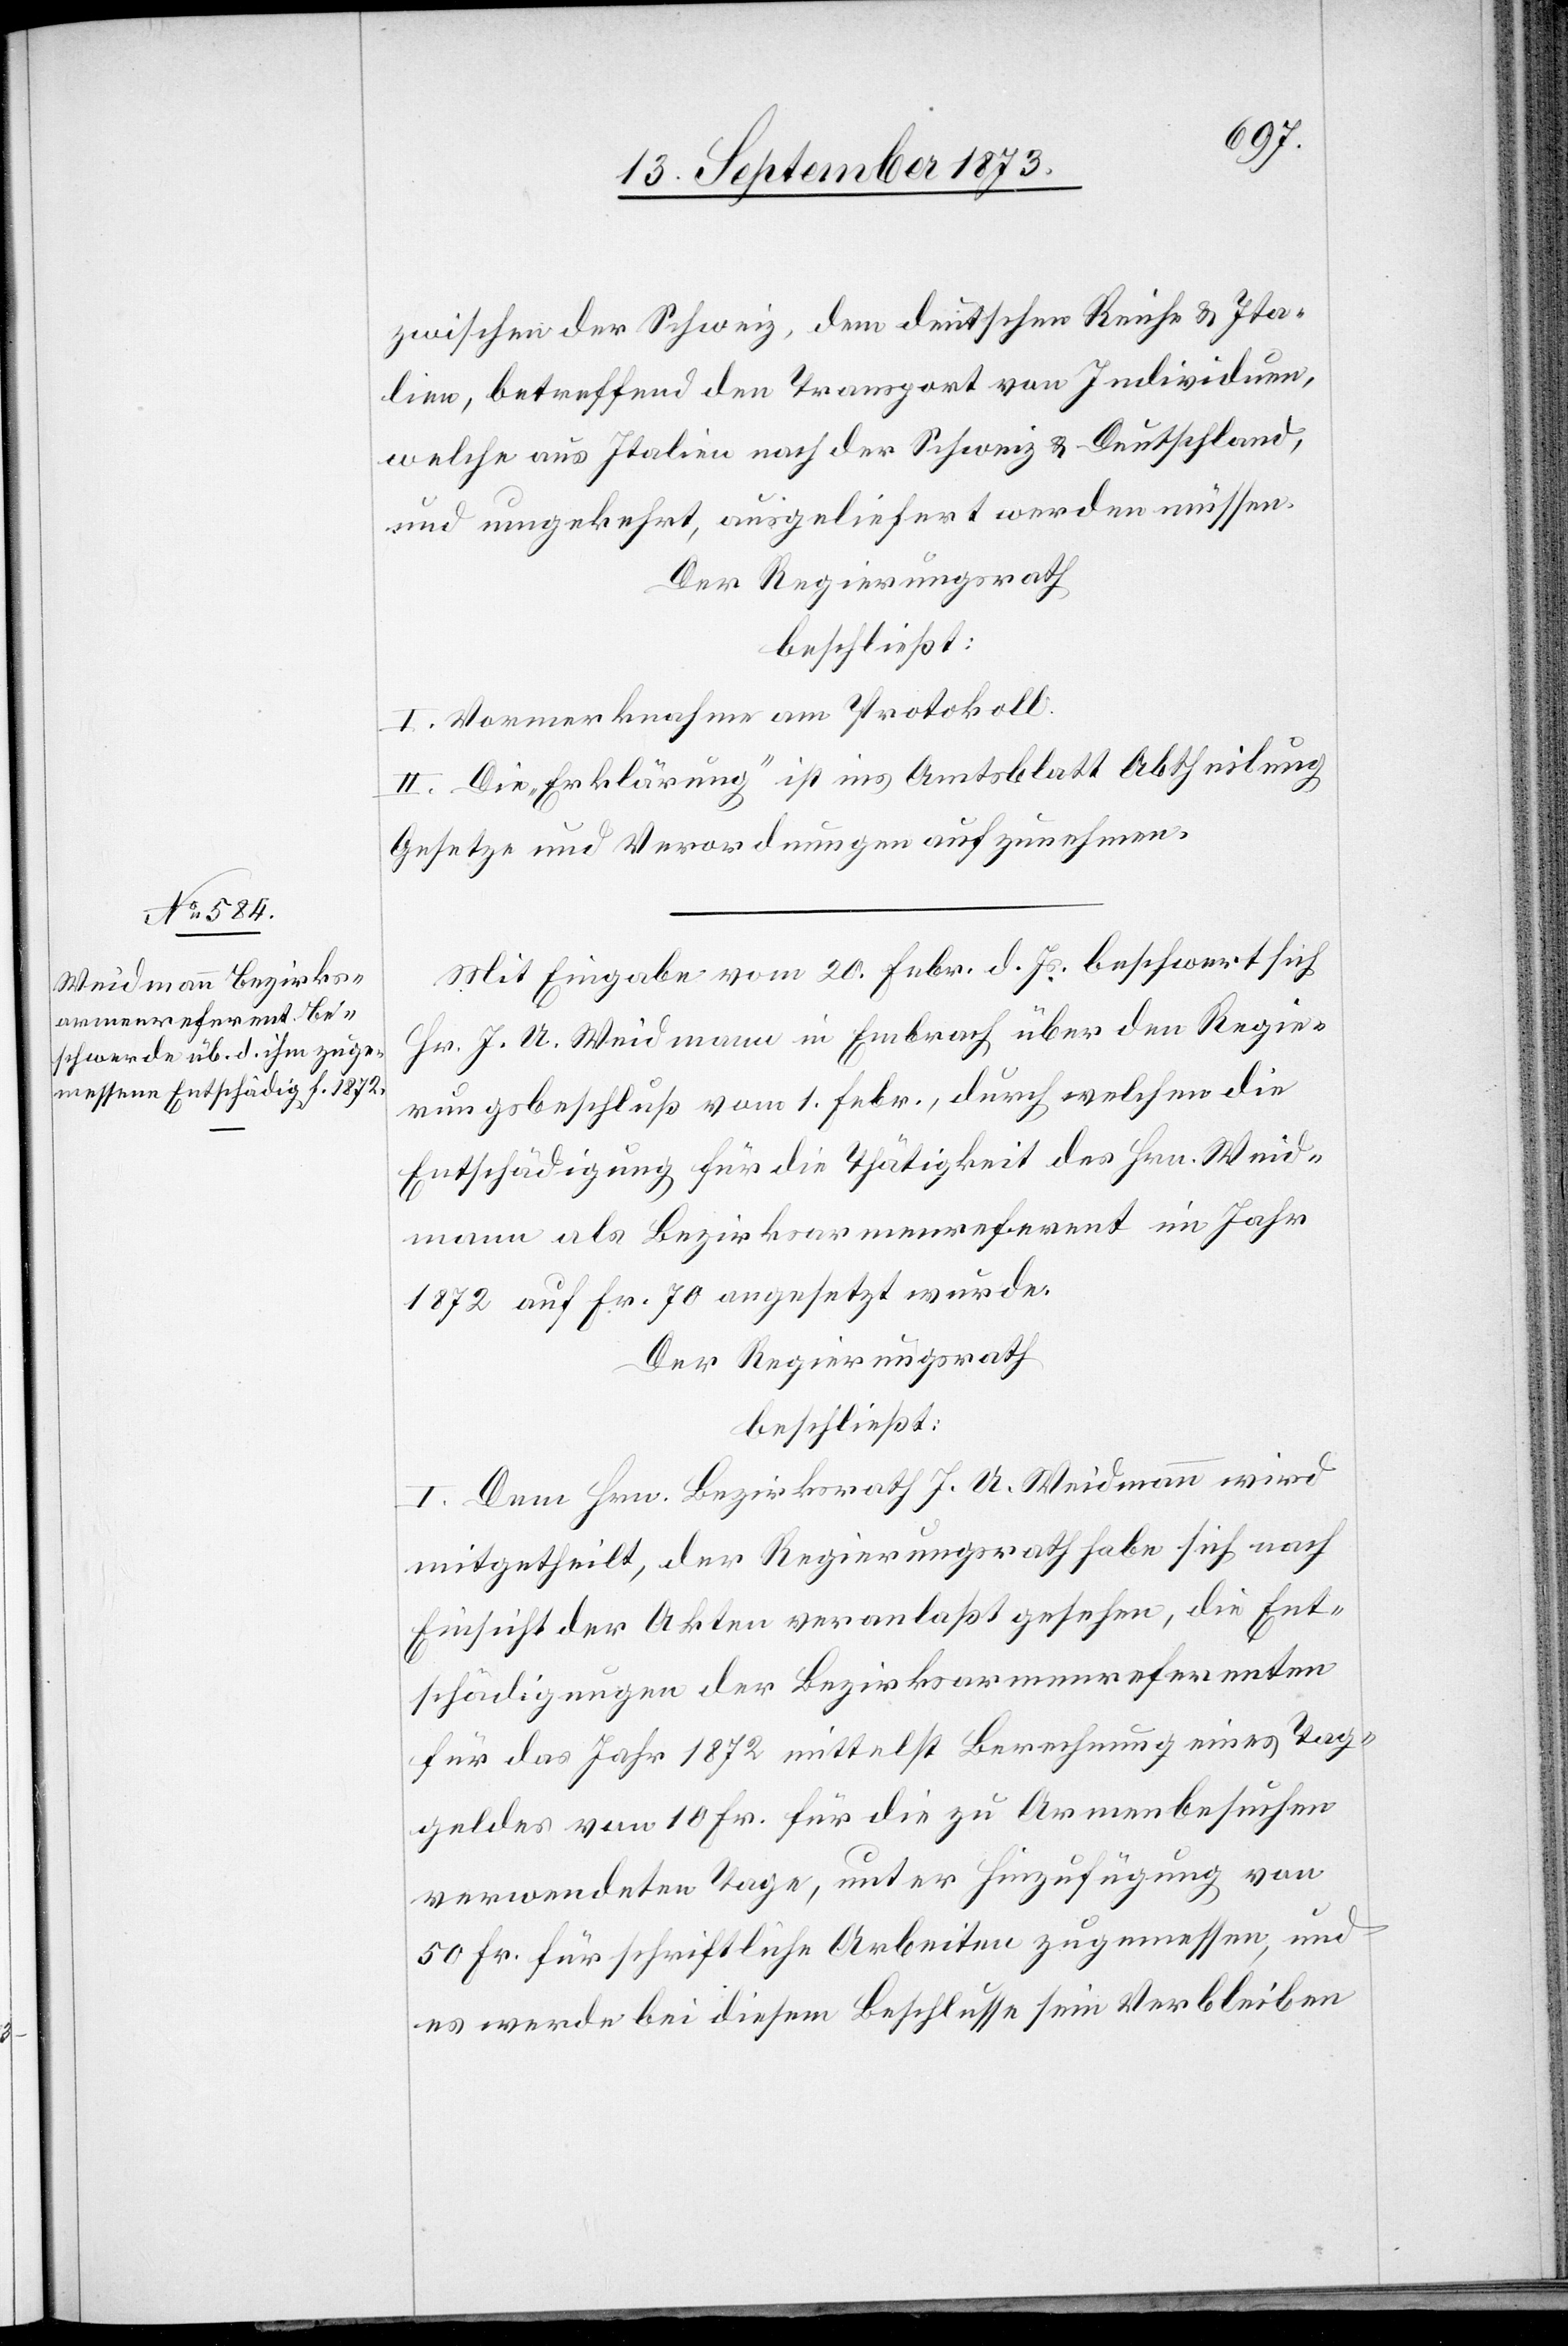
zwischen der Schweiz, dem deutschen Reiche & Ita¬
lien, betreffend den Transport von Individuen,
welche aus Italien nach der Schweiz & Deutschland
und umgekehrt, ausgeliefert werden müssen.
Der Regierungsrath
beschließt:
I. Vormerknahme am Protokoll.
II. Die „Erklärung“ ist ins Amtsblatt Abtheilung
Gesetze und Verordnungen aufzunehmen.
Mit Eingabe vom 20. Febr. d. Js. beschwert sich
Hr. J. U. Weidmann in Embrach über den Regie¬
rungsbeschluß vom 1. Febr., durch welchen die
Entschädigung für die Thätigkeit des Hrn. Weid¬
mann als Bezirksarmenreferent im Jahr
1872 auf Fr. 70 angesetzt wurde.
Der Regierungsrath
beschließt:
I. Dem Hrn. Bezirksrath J. U. Weidmann wird
mitgehteilt, der Regierungsrath habe sich nach
Einsicht der Akten veranlaßt gesehen, die Ent¬
schädigungen der Bezirksarmenreferenten
für das Jahr 1872 mittelst Berechnung eines Tag¬
geldes von 10 Fr. für die zur Armenbesuchen
verwendeten Tage, unter Hinzufügung von
50 Fr. für schriftliche Arbeiten zugemessen [sic!], und
es werde bei diesem Beschlusse sein Verbleiben